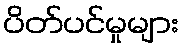
ပိတ်ပင်မှုများ